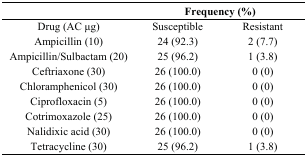
<table><thead><tr><td></td><td colspan="2"><b>Frequency (%)</b></td></tr></thead><tbody><tr><td>Drug (AC μg)</td><td>Susceptible</td><td>Resistant</td></tr><tr><td>Ampicillin (10)</td><td>24 (92.3)</td><td>2 (7.7)</td></tr><tr><td>Ampicillin/Sulbactam (20)</td><td>25 (96.2)</td><td>1 (3.8)</td></tr><tr><td>Ceftriaxone (30)</td><td>26 (100.0)</td><td>0 (0)</td></tr><tr><td>Chloramphenicol (30)</td><td>26 (100.0)</td><td>0 (0)</td></tr><tr><td>Ciprofloxacin (5)</td><td>26 (100.0)</td><td>0 (0)</td></tr><tr><td>Cotrimoxazole (25)</td><td>26 (100.0)</td><td>0 (0)</td></tr><tr><td>Nalidixic acid (30)</td><td>26 (100.0)</td><td>0 (0)</td></tr><tr><td>Tetracycline (30)</td><td>25 (96.2)</td><td>1 (3.8)</td></tr></tbody></table>